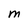
Character: M